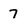
Character: 7